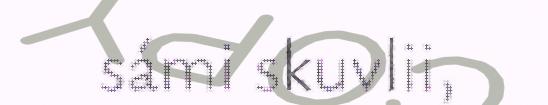
sámi skuvlii,